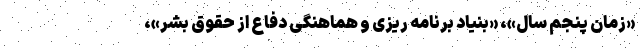
«زمان پنجم سال»، «بنیاد برنامه ریزی و هماهنگی دفاع از حقوق بشر»،